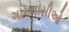
ગામવાસીઓ